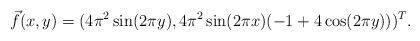
\begin{align*} \vec f(x,y) = (4\pi^2\sin(2\pi y), 4\pi^2\sin(2\pi x) (-1+4\cos(2\pi y)))^T.\end{align*}